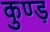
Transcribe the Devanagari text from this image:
कुण्ड़